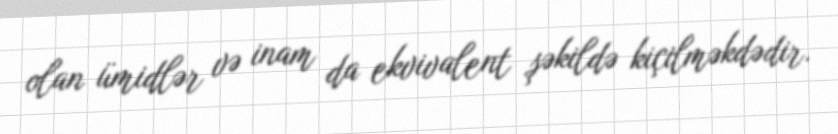
olan ümidlər və inam da ekvivalent şəkildə kiçilməkdədir.